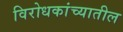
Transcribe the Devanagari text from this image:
विरोधकांच्यातील